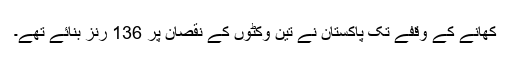
کھانے کے وقفے تک پاکستان نے تین وکٹوں کے نقصان پر 136 رنز بنائے تھے۔